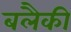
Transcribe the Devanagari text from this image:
बलैकी